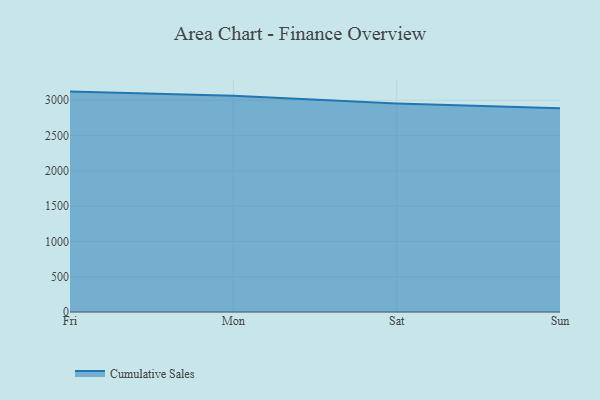
{"axis": {"x": "Day", "y": "Production Output"}, "legend": ["Cumulative Sales"], "data": [{"x": "Fri", "y": 3121.8, "type": "Cumulative Sales"}, {"x": "Mon", "y": 3064.2, "type": "Cumulative Sales"}, {"x": "Sat", "y": 2952.7, "type": "Cumulative Sales"}, {"x": "Sun", "y": 2884.8, "type": "Cumulative Sales"}]}